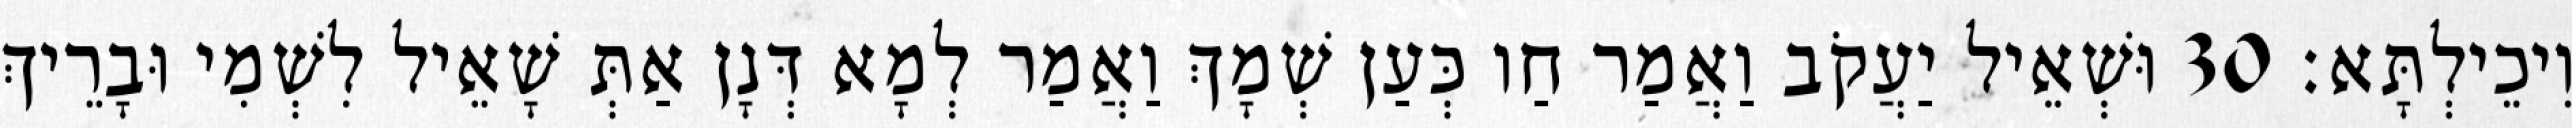
וִיכֵילְתָּא׃ 30 וּשְׁאֵיל יַעֲקֹב וַאֲמַר חַו כְּעַן שְׁמָךְ וַאֲמַר לְמָא דְּנָן אַתְּ שָׁאֵיל לִשְׁמִי וּבָרֵיךְ